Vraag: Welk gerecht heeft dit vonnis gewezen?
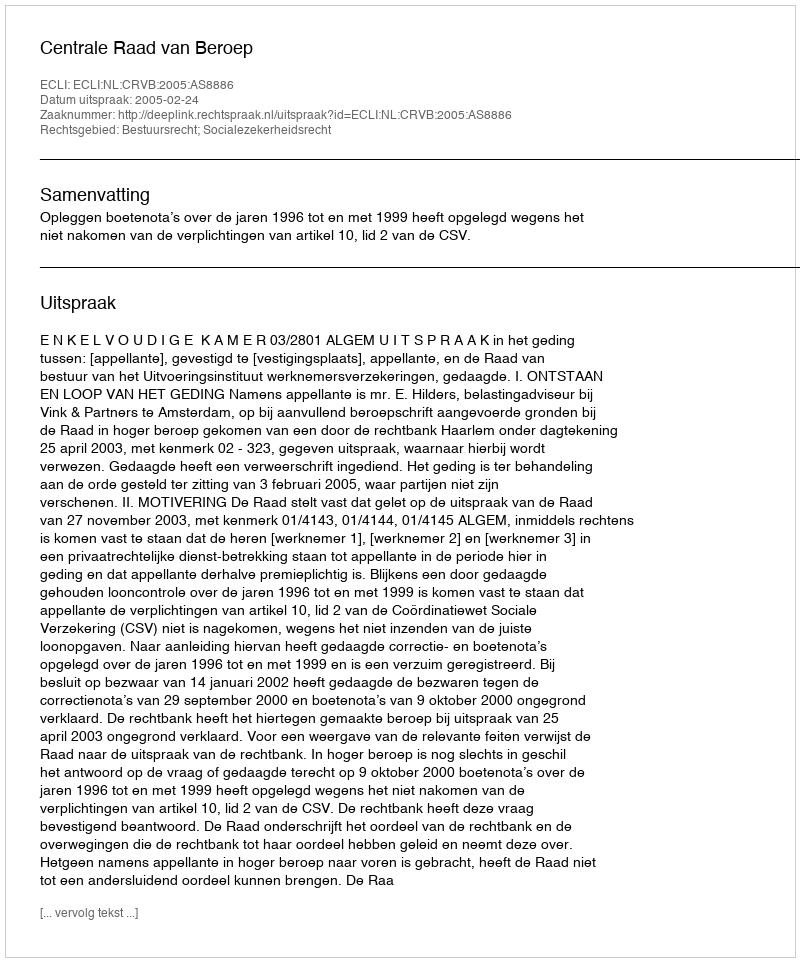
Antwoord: Centrale Raad van Beroep